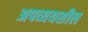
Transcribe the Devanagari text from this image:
अपव्ययशील